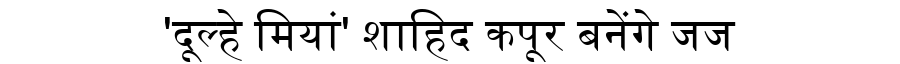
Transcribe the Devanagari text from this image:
'दूल्हे मियां' शाहिद कपूर बनेंगे जज